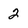
Character: 2